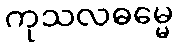
ကုသလဓမ္မေ